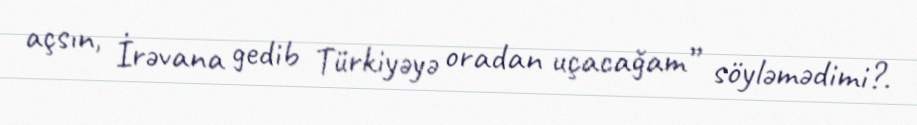
açsın, İrəvana gedib Türkiyəyə oradan uçacağam” söyləmədimi?.